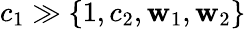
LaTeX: c_{1}\gg\{ 1,c_{2},\mathbf{w}_{1},\mathbf{w}_{2}\}